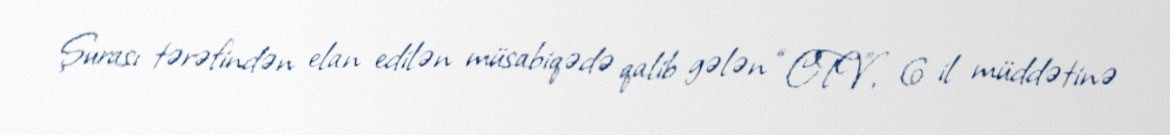
Şurası tərəfindən elan edilən müsabiqədə qalib gələn “CTV”, 6 il müddətinə